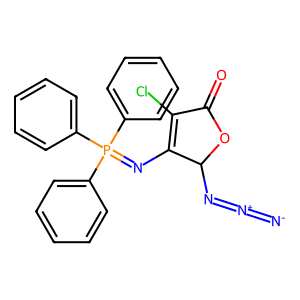
SMILES: [N-]=[N+]=NC1OC(=O)C(Cl)=C1N=P(c1ccccc1)(c1ccccc1)c1ccccc1
Inhibits HIV replication: No